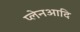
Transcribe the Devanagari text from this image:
प्लेनआदि